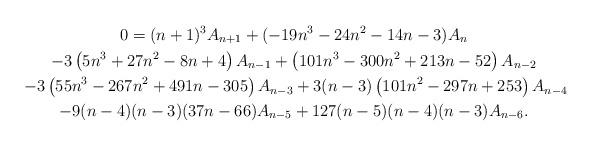
LaTeX: \begin{gather*}0=(n+1)^3 A_{n+1}+(-19 n^3-24 n^2-14n-3) A_n\\-3 \left(5 n^3+27 n^2-8 n+4\right) A_{n-1}+\left(101n^3-300 n^2+213 n-52\right) A_{n-2}\\-3 \left(55 n^3-267 n^2+491 n-305\right) A_{n-3}+ 3 (n-3) \left(101 n^2-297 n+253\right) A_{n-4}\\-9 (n-4) (n-3) (37 n-66) A_{n-5}+127 (n-5) (n-4) (n-3) A_{n-6}.\end{gather*}